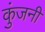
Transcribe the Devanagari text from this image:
कुंजनी